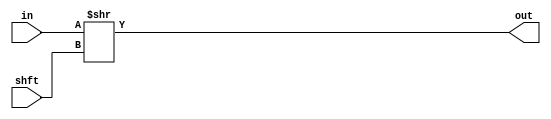
module right(in,shft,out);
input [15:0]shft;
input [15:0]in;
output [15:0]out;
assign out=in>>shft;
endmodule